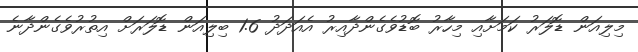
މިލިއަން ޑޮލަރު ކަމަށާއި މިހާރު ބޮޑުވެގެންދާއިރު އެއަދަދު 1.6 ބިލިއަން ޑޮލަރަށް އިތުރުވެގެންދާނެ